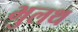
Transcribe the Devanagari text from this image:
भुलथ